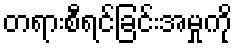
တရားစီရင်ခြင်းအမှုကို